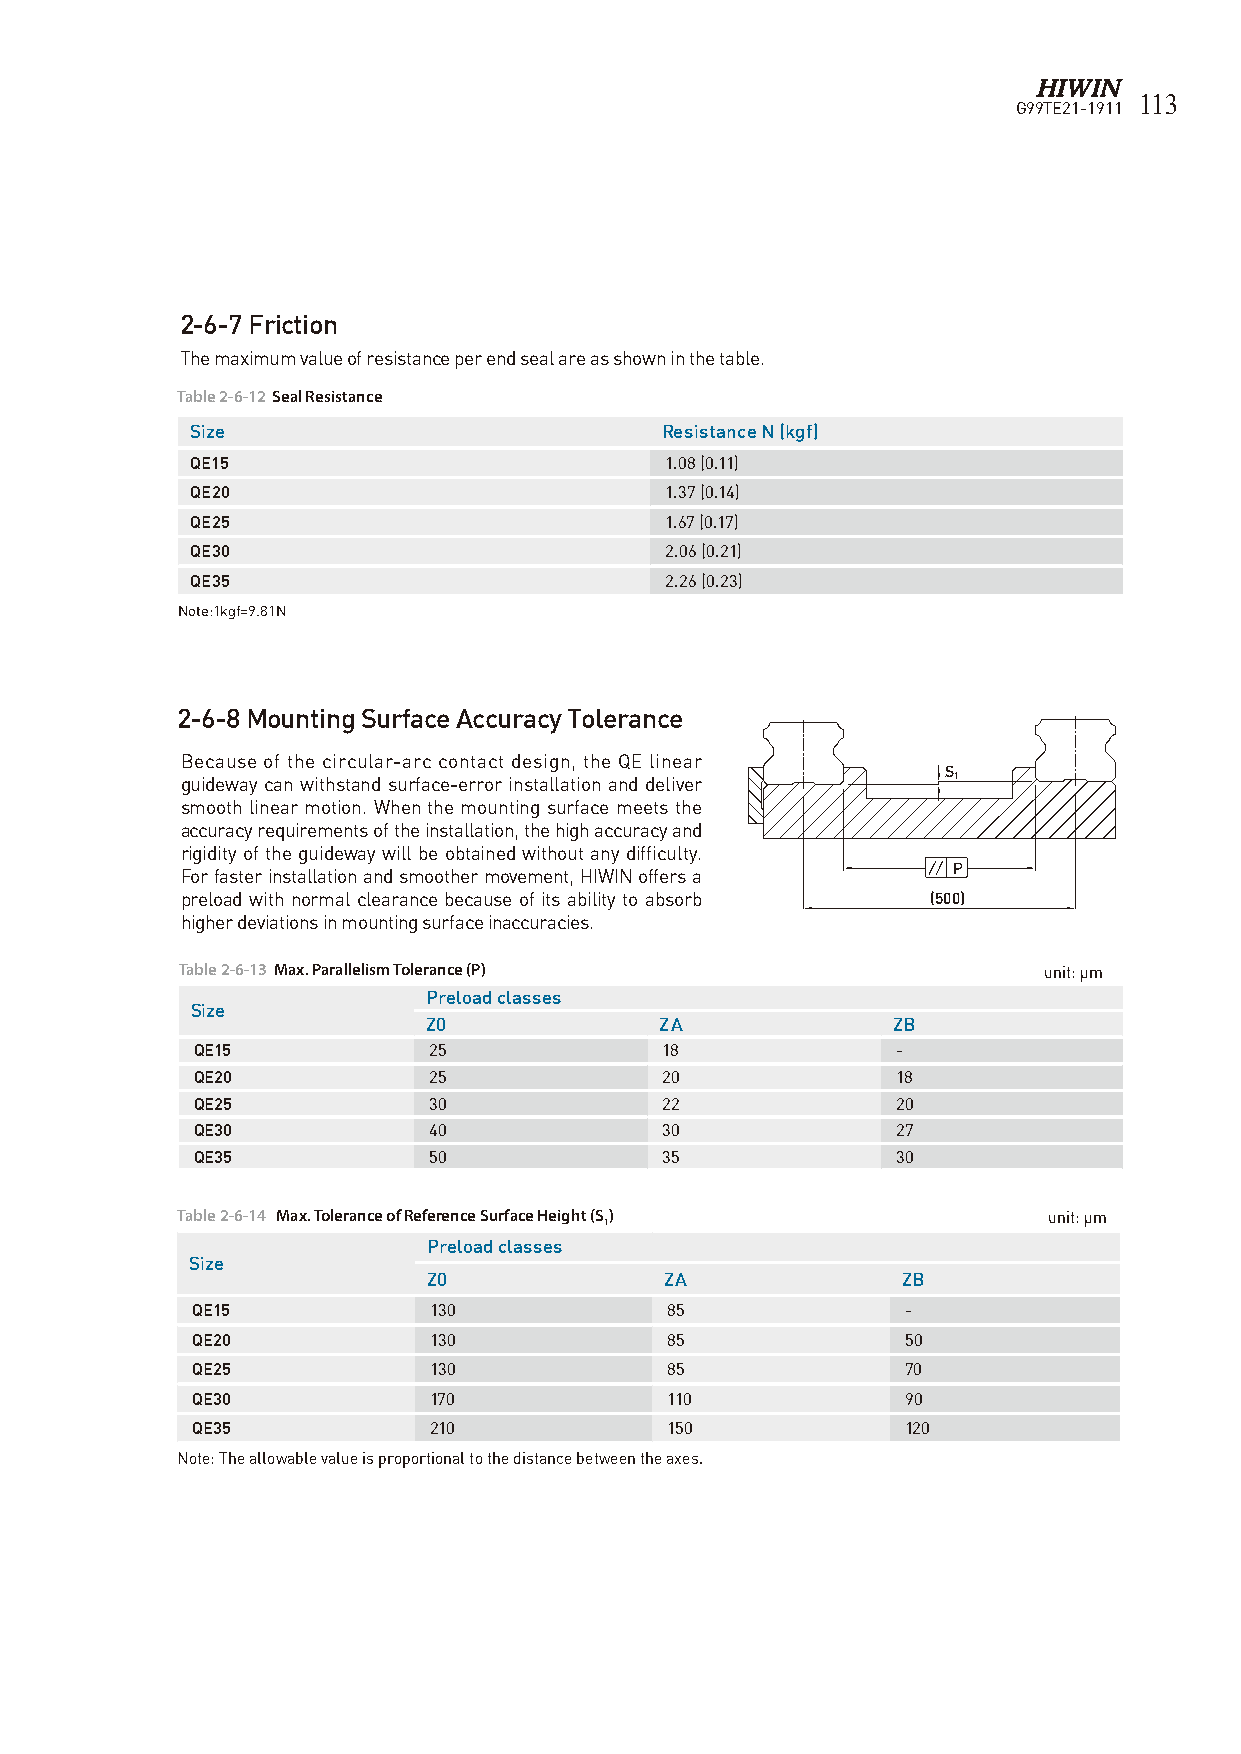
113
 G99TE21-1911
 2-6-7 Friction
 The maximum value of resistance per end seal are as shown in the table.
 Table 2-6-12 Seal Resistance
 Size                           Resistance N (kgf)
 QE15                           1.08 (0.11)
 QE20                           1.37 (0.14)
 QE25                           1.67 (0.17)
 QE30                           2.06 (0.21)
 QE35                           2.26 (0.23)
 Note:1kgf=9.81N
 2-6-8 Mounting Surface Accuracy Tolerance
 Because of the circular-arc contact design, the QE linear
 S
 guideway can withstand surface-error installation and deliver 1
 smooth linear motion. When the mounting surface meets the
 accuracy requirements of the installation, the high accuracy and
 rigidity of the guideway will be obtained without any difficulty.
 P
 For faster installation and smoother movement, HIWIN offers a
 preload with normal clearance because of its ability to absorb (500)
 higher deviations in mounting surface inaccuracies.
 T able 2-6-13 Max. Parallelism Tolerance (P)             unit: μm
 Preload classes
 Size
 Z0              ZA             ZB
 QE15           25              18             -
 QE20           25              20             18
 QE25           30              22             20
 QE30           40              30             27
 QE35           50              35             30
 Table 2-6-14 Max. Tolerance of Reference Surface Height (S) unit: μm
 1
 Preload classes
 Size
 Z0              ZA              ZB
 QE15           130             85              -
 QE20           130             85              50
 QE25           130             85              70
 QE30           170             110             90
 QE35           210             150             120
 Note: The allowable value is proportional to the distance between the axes.